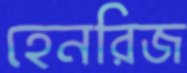
হেনরিজ